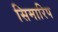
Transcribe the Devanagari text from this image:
सिमारिप